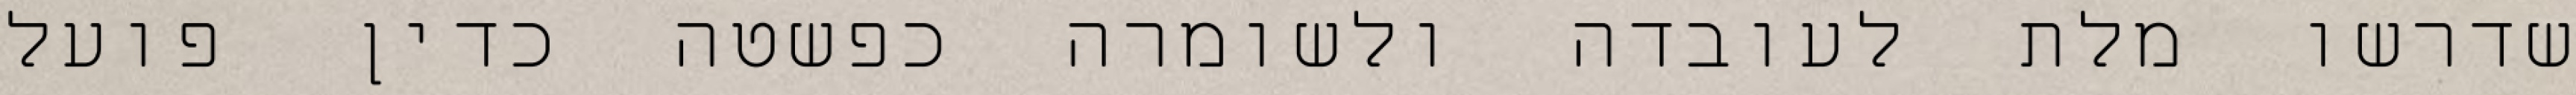
שדרשו מלת לעובדה ולשומרה כפשטה כדין פועל